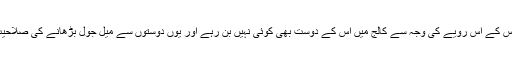
پھر سونے پہ سہاگہ یہ کہ اُس کے اِس رویے کی وجہ سے کالج میں اُس کے دوست بھی کوئی نہیں بن رہے اور یوں دوستوں سے میل جول بڑھانے کی صلاحیت کو بھی زنگ لگ گیا ہے۔